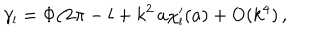
\gamma _ { \scriptscriptstyle { l } } = \Phi / 2 \pi - l + k ^ { 2 } \, a \chi _ { \scriptscriptstyle { l } } ^ { \prime } ( a ) + \mathrm { O } ( k ^ { 4 } ) \, ,